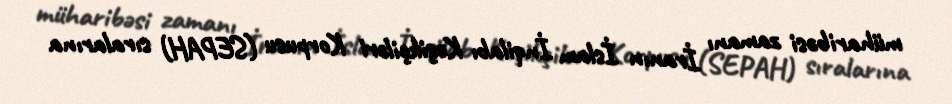
müharibəsi zamanı İranın İslam İnqilabı Keşikçiləri Korpusu (SEPAH) sıralarına